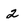
Character: 2